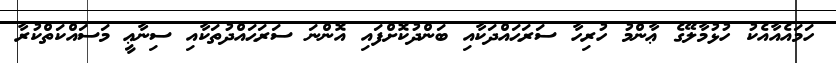
ހަމައެއާއެކު ހުޅުމާލޭގެ ޢާންމު ހުރިހާ ސަރަޙައްދަކާއި ބަންދުކޮށްފައި އޮންނަ ސަރަޙައްދުތަކާއި ސިނާޢީ މަސައްކަތްކުރާ